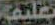
تعليم